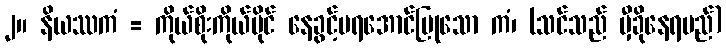
၂။ နိယဿကံ = ကိုယ်စိုးကိုယ်ပိုင် နေခွင့်မရအောင်ပြုသော ကံ၊ (သင်သည် မှီခိုနေရမည်)